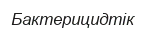
Бактерицидтік